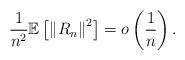
LaTeX: \begin{align*}\frac{1}{n^{2}}\mathbb{E}\left[ \left\| R_{n} \right\|^{2}\right] = o \left( \frac{1}{n}\right) .\end{align*}